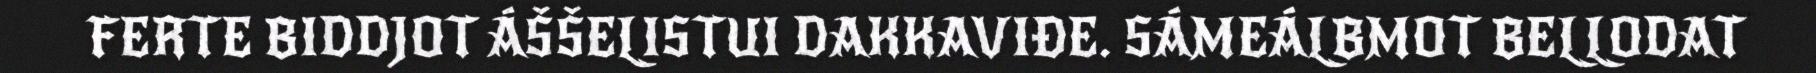
FERTE BIDDJOT ÁŠŠELISTUI DAKKAVIĐE. SÁMEÁLBMOT BELLODAT